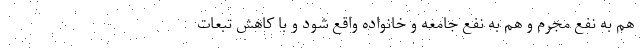
هم به نفع مجرم و هم به نفع جامعه و خانواده واقع شود و با کاهش تبعات